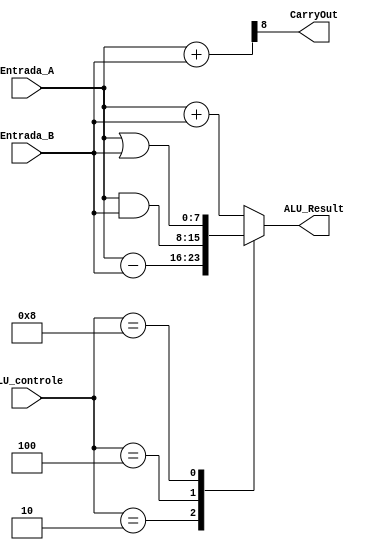
module ALU(ALU_controle, Entrada_A, Entrada_B, ALU_Result, CarryOut);

		input [3:0] ALU_controle;
		input [7:0] Entrada_A;
		input [7:0] Entrada_B;
		output reg CarryOut;
		output reg [7:0] ALU_Result;
		wire [8:0] tmp;
		assign tmp = {1'b0,Entrada_A} + {1'b0,Entrada_B};
		assign CarryOut = tmp[8]; // Carryout flag

  always @(ALU_controle, Entrada_A, Entrada_B)
  begin
	ALU_Result = 0;
	case(ALU_controle) 
      	4'b0001: ALU_Result = Entrada_A + Entrada_B;
      	4'b0010: ALU_Result = Entrada_A - Entrada_B;
      	4'b0100: ALU_Result = Entrada_A & Entrada_B;
      	4'b1000: ALU_Result = Entrada_A | Entrada_B;
      default: ALU_Result = Entrada_A + Entrada_B;
    endcase
   end
endmodule